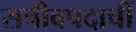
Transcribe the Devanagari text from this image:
सचीवपदाचीं